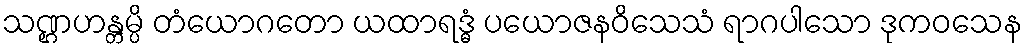
သဏ္ဌဟန္တမ္ပိ တံယောဂတော ယထာရဒ္ဓံ ပယောဇနဝိသေသံ ရာဂပါသော ဒုကဝသေန